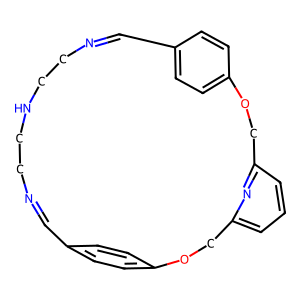
SMILES: C1=NCCNCCN=Cc2ccc(cc2)OCc2cccc(n2)COc2ccc1cc2
Inhibits HIV replication: No